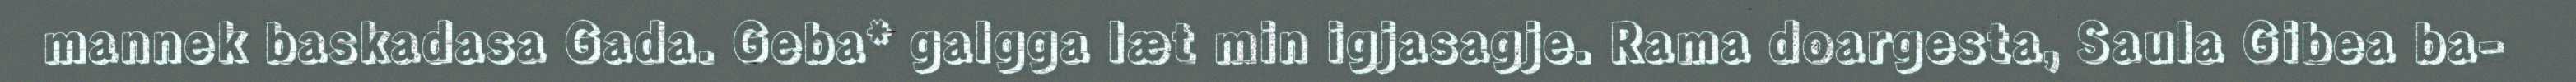
mannek baskadasa Gada. Geba* galgga læt min igjasagje. Rama doargesta, Saula Gibea ba-